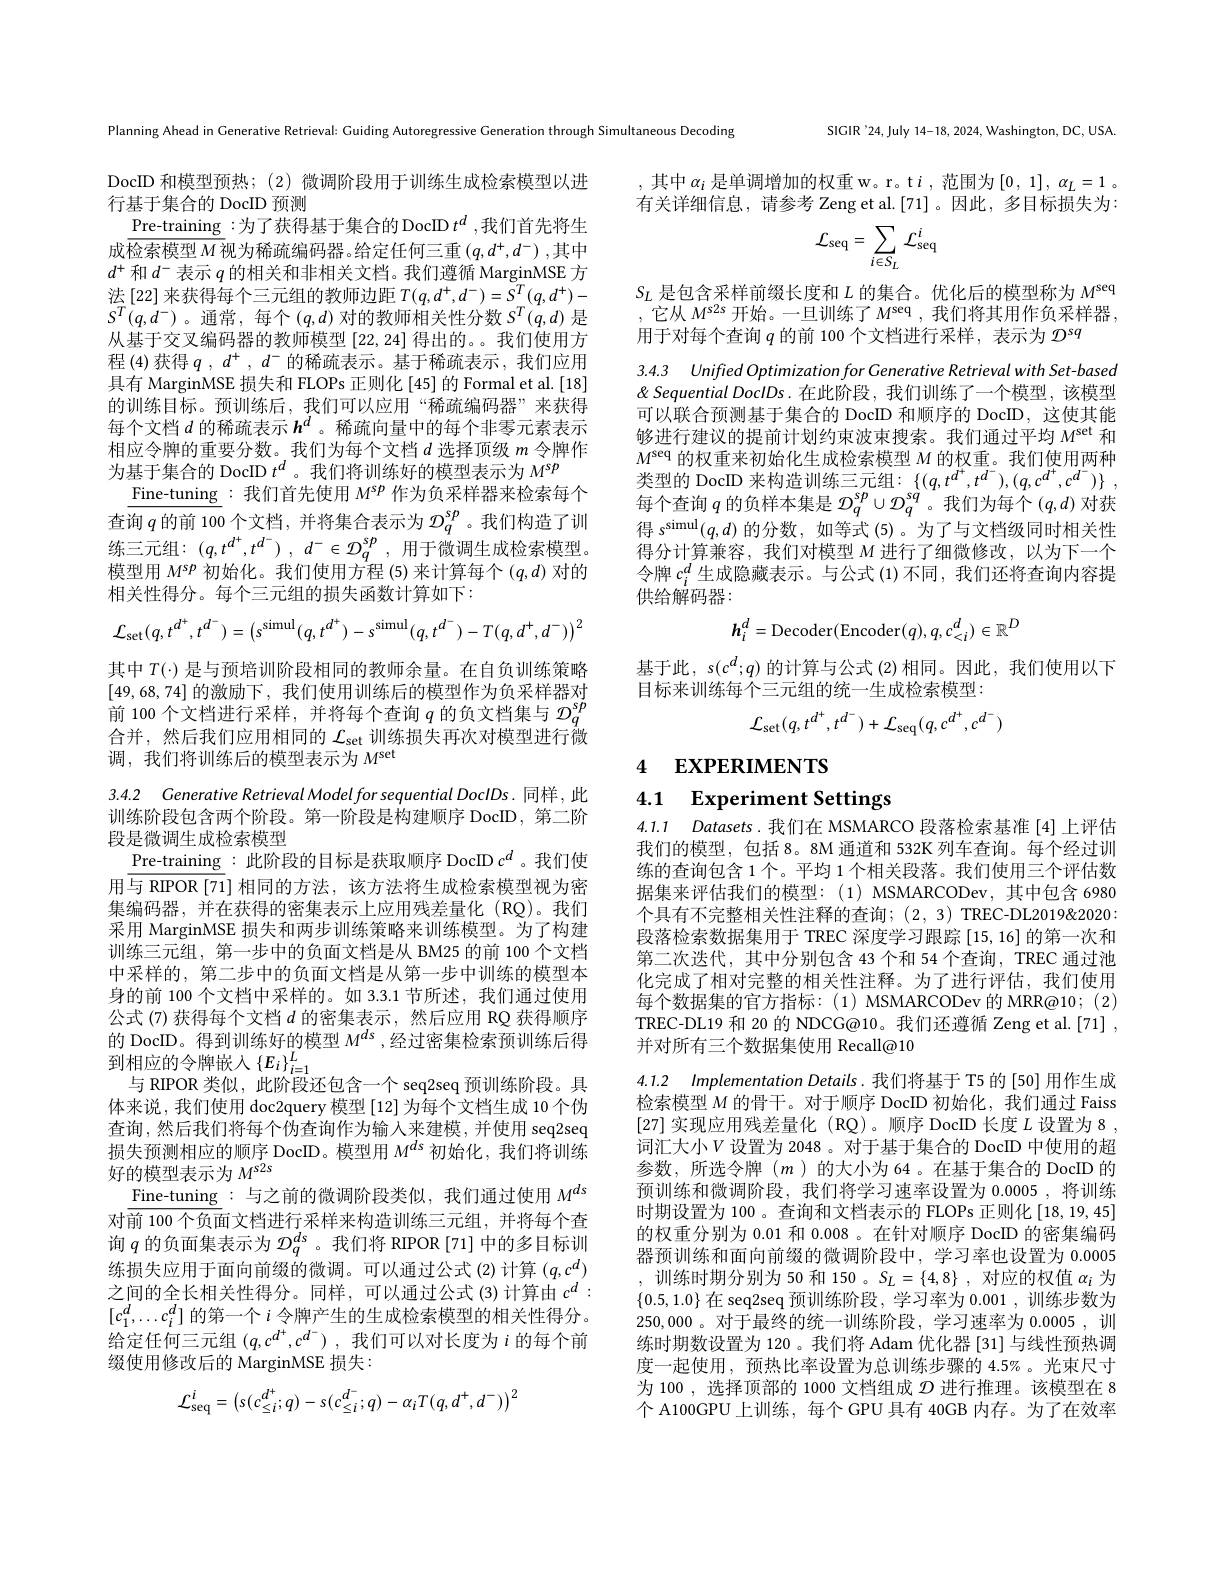
SIGIR'24,July 14-18, 2024, Washington, DC, USA.

Planning Ahead in Generative Retrieval: Guiding Autoregressive Generation through Simultaneous Decoding

,其中$\alpha_i$是单调增加的权重 w。r。t $i$,范围为$[0,1],\alpha_L=1$。有关详细信息，请参考 Zeng et al.[71]。因此，多目标损失为：
$$\mathcal{L}_{\mathrm{seq}}=\sum_{i\in S_{L}}\mathcal{L}_{\mathrm{seq}}^{i}$$
$S_L$是包含采样前缀长度和$L$的集合。优化后的模型称为$M^\mathrm{seq}$ ,它从$M^\mathrm{s2s}$开始。一旦训练了$M^\mathrm{seq}$,我们将其用作负采样器用于对每个查询$q$的前 100 个文档进行采样，表示为$\mathcal{D}^\mathrm{sq}$

3.4.3 UnifiedOptimizationforGenerative Retrieval with Set- based $\&$ Sequential DoclDs. 在此阶段，我们训练了一个模型，该模型

DocID 和模型预热；(2)微调阶段用于训练生成检索模型以进
行基于集合的 DocID 预测
$\underline{\text{Pre-training}}:$为了获得基于集合的 DocID $t^d$,我们首先将生成$\overline{\text{检索模型 }M}$视为稀疏编码器。给定任何三重 $(q,d^+,d^-)$,其中$d^+$和$d^-$表示$q$的相关和非相关文档。我们遵循 MarginMSE 方$_{T}^{T}(q,d^{+})-$ $S^{T}(q,d^{-})$。通常，每个$(q,d)$对的教师相关性分数$S^T(q,d)$ 是从基于交叉编码器的教师模型[22,24]得出的。。我们使用方程 (4) 获得$q,d^+,d^-$的稀疏表示。基于稀疏表示，我们应用具有 MarginMSE 损失和 FLOPs 正则化[45] 的 Formal et al.[18] 的训练目标。预训练后，我们可以应用“稀疏编码器”来获得每个文档$d$ 的稀疏表示 $h^d$ 。稀疏向量中的每个非零元素表示相应令牌的重要分数。我们为每个文档$d$选择顶级$m$令牌作为基于集合的 DocID $t^d$ 。我们将训练好的模型表示为$M^{sp}$
$\underline{\text{Fine-tuning}}:$我们首先使用 $M^sp$ 作为负采样器来检索每个查询$\overline{q\text{ 的前 100 个文档，并将集合表示为 }\mathcal{D}_q^{sp}}$ 。我们构造了训练三元组：$( q, t^{d^{+ }}, t^{d^{- }})$ , $d^{- }\in \mathcal{D} _{q}^{sp}$ ,用于微调生成检索模型。模型用$M^{sp}$初始化。我们使用方程 (5)来计算每个 ($q,d)$对的相关性得分。每个三元组的损失函数计算如下：
$$\mathcal{L}_{\mathrm{set}}(q,t^{d^{+}},t^{d^{-}})=\left(s^{\mathrm{simul}}(q,t^{d^{+}})-s^{\mathrm{simul}}(q,t^{d^{-}})-T(q,d^{+},d^{-})\right)^{2}$$
可以联合预测基于集合的 DocID 和顺序的 DocID, 这使其能够进行建议的提前计划约束波束搜索。我们通过平均$M^\mathrm{set}$和$M^\mathrm{seq}$的权重来初始化生成检索模型$M$的权重。我们使用两种类型的 DocID 来构造训练三元组：$\{ ( q, t^{d^{+ }}, t^{d^{- }}) , ( q, c^{d^{+ }}, c^{d^{- }}) \}$ , 每个查询$q$的负样本集是$\mathcal{D}_q^sp\cup\mathcal{D}_q^{sq}$ 。我们为每个$(q,d)$对获得$s^\mathrm{simul}(q,d)$的分数，如等式 (5)。为了与文档级同时相关性得分计算兼容，我们对模型$M$进行了细微修改，以为下一个令牌$c_i^d$生成隐藏表示。与公式 (1)不同，我们还将查询内容提供给解码器：
$$h_{i}^{d}=\mathrm{Decoder}(\mathrm{Encoder}(q),q,c_{<i}^{d})\in\mathbb{R}^{D}$$
基于此，$s(c^d;q)$的计算与公式 (2)相同。因此，我们使用以下
目标来训练每个三元组的统一生成检索模型：

其中$T(\cdot)$是与预培训阶段相同的教师余量。在自负训练策略[49,68,74]的激励下，我们使用训练后的模型作为负采样器对前 100 个文档进行采样，并将每个查询$q$的负文档集与$\mathcal{D}_q^\mathrm{sp}$ 合并，然后我们应用相同的$\mathcal{L}_\mathrm{set}$训练损失再次对模型进行微调，我们将训练后的模型表示为$M^\mathrm{set}$
$$\mathcal{L}_{\mathrm{set}}(q,t^{d^{+}},t^{d^{-}})+\mathcal{L}_{\mathrm{seq}}(q,c^{d^{+}},c^{d^{-}})$$
# 4 EXPERIMENTS 4.1 Experiment Settings

4.1.1 Datasets.我们在 MSMARCO 段落检索基准 [4]上评估我们的模型，包括 8。8M 通道和 532K 列车查询。每个经过训练的查询包含 1 个。平均 1 个相关段落。我们使用三个评估数据集来评估我们的模型：(1)MSMARCODev,其中包含 6980个具有不完整相关性注释的查询；(2,3) TREC-DL2019&2020: 段落检索数据集用于 TREC 深度学习跟踪[15,16]的第一次和第二次迭代，其中分别包含 43 个和 54 个查询，TREC 通过池化完成了相对完整的相关性注释。为了进行评估，我们使用每个数据集的官方指标：(1) MSMARCODev 的 MRR@10; (2) TREC-DL19 和 20 的 NDCG@10。我们还遵循 Zeng et al.[71] , 并对所有三个数据集使用 Recall@10

3.4.2 Generative Retrieval Model for sequential DoclDs. 同样，此训练阶段包含两个阶段。第一阶段是构建顺序 DocID, 第二阶段是微调生成检索模型
Pre-training : 此阶段的目标是获取顺序 DocID $c^d$ 。我们使用与 RIPOR [71] 相同的方法，该方法将生成检索模型视为密集编码器，并在获得的密集表示上应用残差量化(RQ)。我们采用 MarginMSE 损失和两步训练策略来训练模型。为了构建训练三元组，第一步中的负面文档是从 BM25 的前 100 个文档中采样的，第二步中的负面文档是从第一步中训练的模型本身的前 100 个文档中采样的。如 3.3.1 节所述，我们通过使用公式 (7) 获得每个文档$d$的密集表示，然后应用 RQ 获得顺序的 DocID。得到训练好的模型$M^{ds}$ ,经过密集检索预训练后得到相应的令牌嵌入$\left\{E_i\right\}_{i=1}^L$
与 RIPOR 类似，此阶段还包含一个 seq2seq 预训练阶段。具体来说，我们使用 doc2query 模型 [12] 为每个文档生成 10 个伪查询，然后我们将每个伪查询作为输入来建模，并使用 seq2seq 损失预测相应的顺序 DocID。模型用$M^{ds}$初始化，我们将训练好的模型表示为$M^{s2s}$
$\underline{\mathrm{Fine-tuning}}:$与之前的微调阶段类似，我们通过使用 $M^ds$ 对前 100 个负面文档进行采样来构造训练三元组，并将每个查询$q$的负面集表示为$\mathcal{D}_q^ds$ 。我们将 RIPOR[71] 中的多目标训练损失应用于面向前缀的微调。可以通过公式(2)计算$(q,c^d)$ 之间的全长相关性得分。同样，可以通过公式(3)计算由$c^d:$ $[c_1^d,\ldots c_i^d]$的第一个$i$令牌产生的生成检索模型的相关性得分。给定任何三元组$(q,c^{d^+},c^{d^-})$,我们可以对长度为$i$的每个前级使用修改后的 MarginMSE 损失：
$$\mathcal{L}_{\mathrm{seq}}^{i}=\left(s(c_{\leq i}^{d^{+}};q)-s(c_{\leq i}^{d^{-}};q)-\alpha_{i}T(q,d^{+},d^{-})\right)^{2}$$
4.1.2 Implementation Details. 我们将基于 T5 的 [50] 用作生成

检索模型$M$的骨干。对于顺序 DocID 初始化，我们通过 Faiss [27]实现应用残差量化(RQ)。顺序 DocID 长度 $L$ 设置为 8 , 词汇大小$V$ 设置为 2048。对于基于集合的 DocID 中使用的超参数，所选令牌($m$ )的大小为 64 。在基于集合的 DocID 的预训练和微调阶段，我们将学习速率设置为0.0005,将训练时期设置为 100 。查询和文档表示的 FLOPs 正则化[18,19,45] 的权重分别为 0.01 和0.008 。在针对顺序 DocID 的密集编码器预训练和面向前缀的微调阶段中，学习率也设置为0.0005 ,训练时期分别为 50 和 150 。$S_L=\{4,8\}$,对应的权值$\alpha_i$为$\{0.5,1.0\}$在 seq2seq 预训练阶段，学习率为0.001,训练步数为250,000 。对于最终的统一训练阶段，学习速率为0.0005,训练时期数设置为 120 。我们将 Adam 优化器 [31] 与线性预热调度一起使用，预热比率设置为总训练步骤的 4.5%。光束尺寸为 100 , 选择顶部的 1000 文档组成$\mathcal{D}$进行推理。该模型在 8个 A100GPU 上训练，每个 GPU 具有 40GB 内存。为了在效率